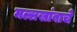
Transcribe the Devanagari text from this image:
मल्लखांबाचे